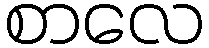
စာလေ